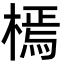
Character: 㯊